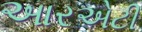
આરએટી